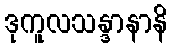
ဒုကူလသန္ဒာနာနိ